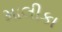
માલીકા